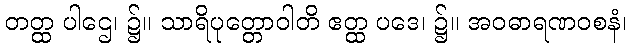
တတ္ထ ပါဌေ၊ ၌။ သာရိပုတ္တောဝါတိ ဧတ္ထ ပဒေ၊ ၌။ အဝဓာရဏဝစနံ၊